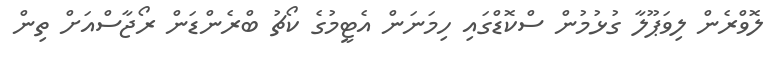
ލޮވްރެން ލިވަޕޫލާ ގުޅުމުން ސްކޮޑްގައި ހިމަނަން އެޓީމުގެ ކޯޗު ބްރެންޑަން ރޯޖާސްއަށް ތިން